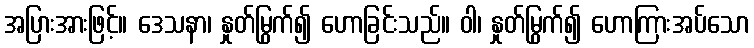
အပြားအားဖြင့်။ ဒေသနာ၊ နှုတ်မြွက်၍ ဟောခြင်းသည်။ ဝါ၊ နှုတ်မြွက်၍ ဟောကြားအပ်သော